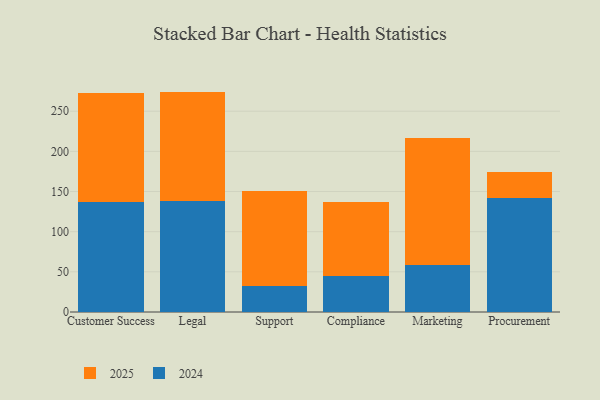
{"axis": {"x": "Department", "y": "Satisfaction Score"}, "legend": ["2024", "2025"], "data": [{"x": "Customer Success", "y": 137.1, "type": "2024"}, {"x": "Customer Success", "y": 135.7, "type": "2025"}, {"x": "Legal", "y": 138.5, "type": "2024"}, {"x": "Legal", "y": 135.9, "type": "2025"}, {"x": "Support", "y": 31.8, "type": "2024"}, {"x": "Support", "y": 118.6, "type": "2025"}, {"x": "Compliance", "y": 44.7, "type": "2024"}, {"x": "Compliance", "y": 91.8, "type": "2025"}, {"x": "Marketing", "y": 58.0, "type": "2024"}, {"x": "Marketing", "y": 158.7, "type": "2025"}, {"x": "Procurement", "y": 141.7, "type": "2024"}, {"x": "Procurement", "y": 32.6, "type": "2025"}]}